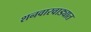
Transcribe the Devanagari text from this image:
शनवारवाड्यात